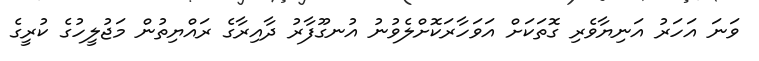
ވަނަ އަހަރު އަނިޔާވެރި ގޮތަކަށް އަވަހާރަކޮށްލެވުނު އުނގޫފާރު ދާއިރާގެ ރައްޔިތުން މަޖުލީހުގެ ކުރީގެ